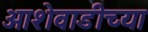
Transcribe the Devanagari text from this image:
आशेवाडीच्या